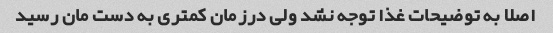
اصلا به توضیحات غذا توجه نشد ولی درزمان کمتری به دست مان رسید